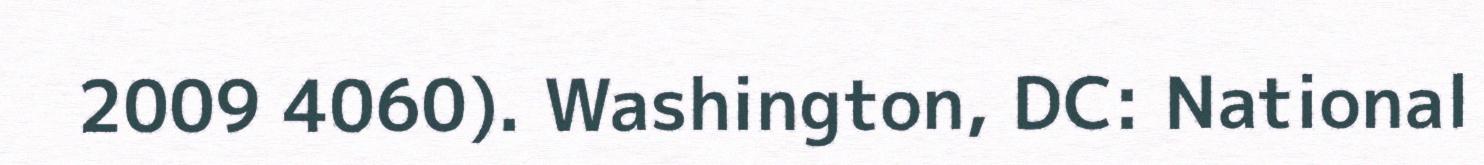
2009 4060). Washington, DC: National